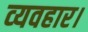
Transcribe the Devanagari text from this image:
व्‍यवहार।